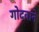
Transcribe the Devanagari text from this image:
गोदवाने